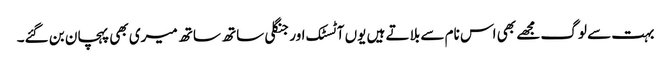
بہت سے لوگ مجھے بھی اس نام سے بلاتے ہیں یوں آٹسٹک اور جنگلی ساتھ ساتھ میری بھی پہچان بن گئے۔